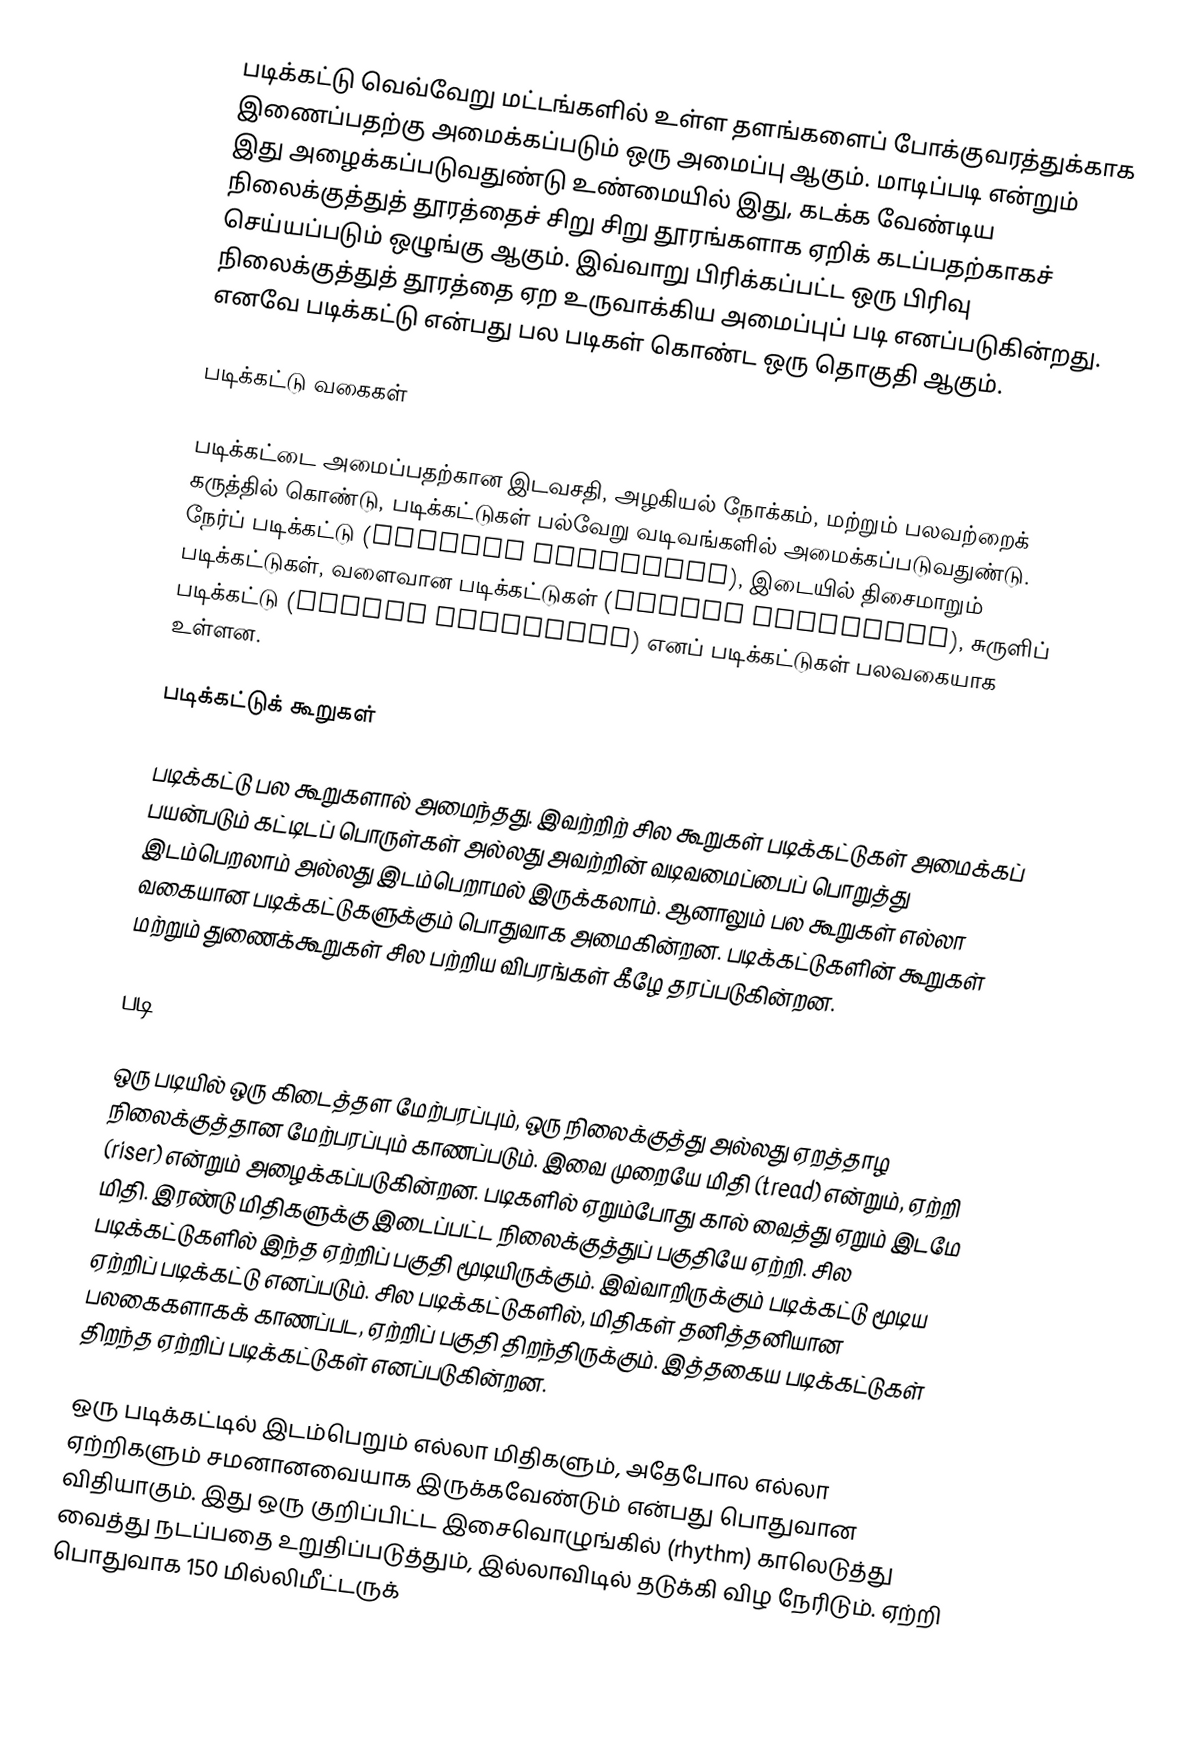
படிக்கட்டு வெவ்வேறு மட்டங்களில் உள்ள தளங்களைப் போக்குவரத்துக்காக இணைப்பதற்கு அமைக்கப்படும் ஒரு அமைப்பு ஆகும். மாடிப்படி என்றும் இது அழைக்கப்படுவதுண்டு உண்மையில் இது, கடக்க வேண்டிய நிலைக்குத்துத் தூரத்தைச் சிறு சிறு தூரங்களாக ஏறிக் கடப்பதற்காகச் செய்யப்படும் ஒழுங்கு ஆகும். இவ்வாறு பிரிக்கப்பட்ட ஒரு பிரிவு நிலைக்குத்துத் தூரத்தை ஏற உருவாக்கிய அமைப்புப் படி எனப்படுகின்றது. எனவே படிக்கட்டு என்பது பல படிகள் கொண்ட ஒரு தொகுதி ஆகும்.

படிக்கட்டு வகைகள்

படிக்கட்டை அமைப்பதற்கான இடவசதி, அழகியல் நோக்கம், மற்றும் பலவற்றைக் கருத்தில் கொண்டு, படிக்கட்டுகள் பல்வேறு வடிவங்களில் அமைக்கப்படுவதுண்டு. நேர்ப் படிக்கட்டு (stright staircase), இடையில் திசைமாறும் படிக்கட்டுகள், வளைவான படிக்கட்டுகள் (curved staircase), சுருளிப் படிக்கட்டு (spiral staircase) எனப் படிக்கட்டுகள் பலவகையாக உள்ளன.

படிக்கட்டுக் கூறுகள்

படிக்கட்டு பல கூறுகளால் அமைந்தது. இவற்றிற் சில கூறுகள் படிக்கட்டுகள் அமைக்கப் பயன்படும் கட்டிடப் பொருள்கள் அல்லது அவற்றின் வடிவமைப்பைப் பொறுத்து இடம்பெறலாம் அல்லது இடம்பெறாமல் இருக்கலாம். ஆனாலும் பல கூறுகள் எல்லா வகையான படிக்கட்டுகளுக்கும் பொதுவாக அமைகின்றன. படிக்கட்டுகளின் கூறுகள் மற்றும் துணைக்கூறுகள் சில பற்றிய விபரங்கள் கீழே தரப்படுகின்றன.

படி

ஒரு படியில் ஒரு கிடைத்தள மேற்பரப்பும், ஒரு நிலைக்குத்து அல்லது ஏறத்தாழ நிலைக்குத்தான மேற்பரப்பும் காணப்படும். இவை முறையே மிதி (tread) என்றும், ஏற்றி (riser) என்றும் அழைக்கப்படுகின்றன. படிகளில் ஏறும்போது கால் வைத்து ஏறும் இடமே மிதி. இரண்டு மிதிகளுக்கு இடைப்பட்ட நிலைக்குத்துப் பகுதியே ஏற்றி. சில படிக்கட்டுகளில் இந்த ஏற்றிப் பகுதி மூடியிருக்கும். இவ்வாறிருக்கும் படிக்கட்டு மூடிய ஏற்றிப் படிக்கட்டு எனப்படும். சில படிக்கட்டுகளில், மிதிகள் தனித்தனியான பலகைகளாகக் காணப்பட, ஏற்றிப் பகுதி திறந்திருக்கும். இத்தகைய படிக்கட்டுகள் திறந்த ஏற்றிப் படிக்கட்டுகள் எனப்படுகின்றன.

ஒரு படிக்கட்டில் இடம்பெறும் எல்லா மிதிகளும், அதேபோல எல்லா ஏற்றிகளும் சமனானவையாக இருக்கவேண்டும் என்பது பொதுவான விதியாகும். இது ஒரு குறிப்பிட்ட இசைவொழுங்கில் (rhythm) காலெடுத்து வைத்து நடப்பதை உறுதிப்படுத்தும், இல்லாவிடில் தடுக்கி விழ நேரிடும். ஏற்றி பொதுவாக 150 மில்லிமீட்டருக்